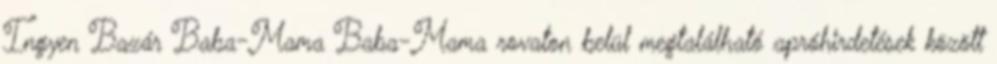
Ingyen Bazár Baba-Mama Baba-Mama rovaton belül megtalálható apróhirdetések között